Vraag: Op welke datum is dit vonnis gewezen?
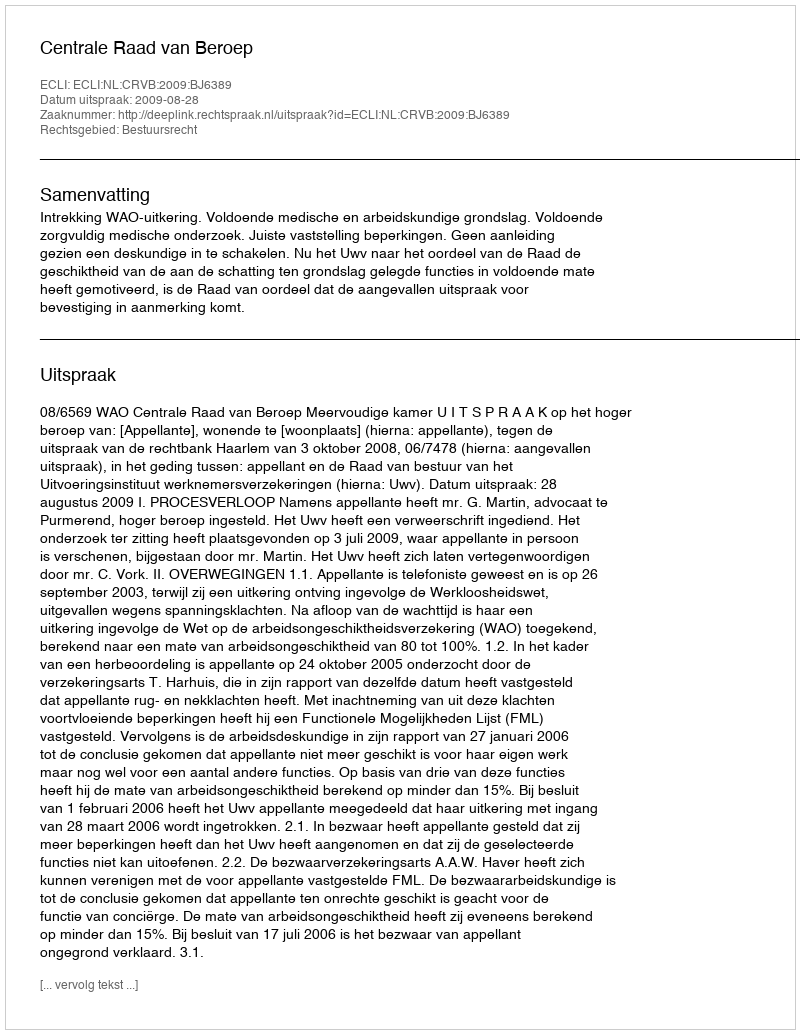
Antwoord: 2009-08-28